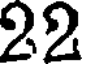
22